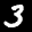
Label: 3